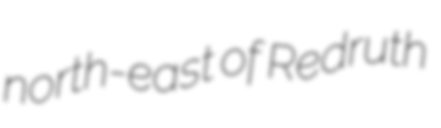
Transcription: north-east of Redruth